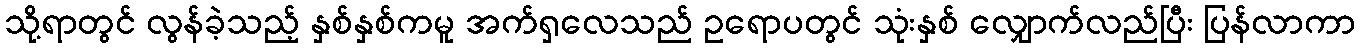
သို့ရာတွင် လွန်ခဲ့သည့် နှစ်နှစ်ကမူ အက်ရှလေသည် ဥရောပတွင် သုံးနှစ် လျှောက်လည်ပြီး ပြန်လာကာ